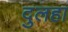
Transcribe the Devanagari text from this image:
दुलहा